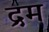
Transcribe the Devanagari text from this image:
द्रम